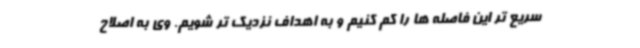
سریع تر این فاصله ها را کم کنیم و به اهداف نزدیک تر شویم. وی به اصلاح